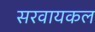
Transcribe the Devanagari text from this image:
सरवायकल